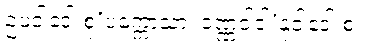
ဥပဝါဒေါ စု’ပက္ကောသာ၊ ဝဏ္ဏဝါဒါ’နုဝါဒေါ စ။